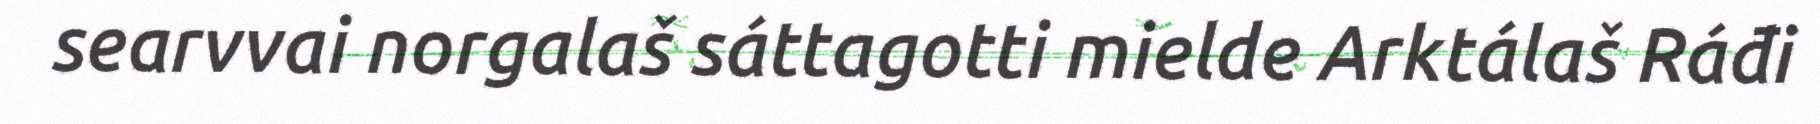
searvvai norgalaš sáttagotti mielde Arktálaš Ráđi